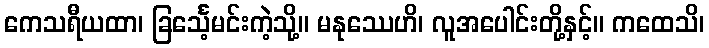
ကေသရီယထာ၊ ခြင်္သေ့မင်းကဲ့သို့။ မနုဿေဟိ၊ လူအပေါင်းတို့နှင့်။ ကထေသိ၊